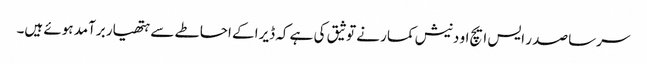
سرسا صد ر ایس ایچ او دنیش کمار نے توثیق کی ہے کہ ڈیرا کے احاطے سے ہتھیار برآمد ہوئے ہیں۔